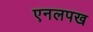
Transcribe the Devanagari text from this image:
एनलपख